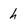
Character: h